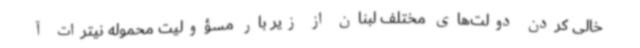
خالی کردن دولت‌های مختلف لبنان از زیر بار مسؤولیت محموله نیترات آ